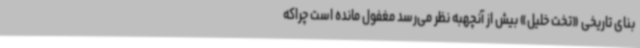
بنای تاریخی «تخت خلیل» بیش از آنچهبه نظر می‌رسد مغفول مانده است چراکه